Report on horse surra - Volume I
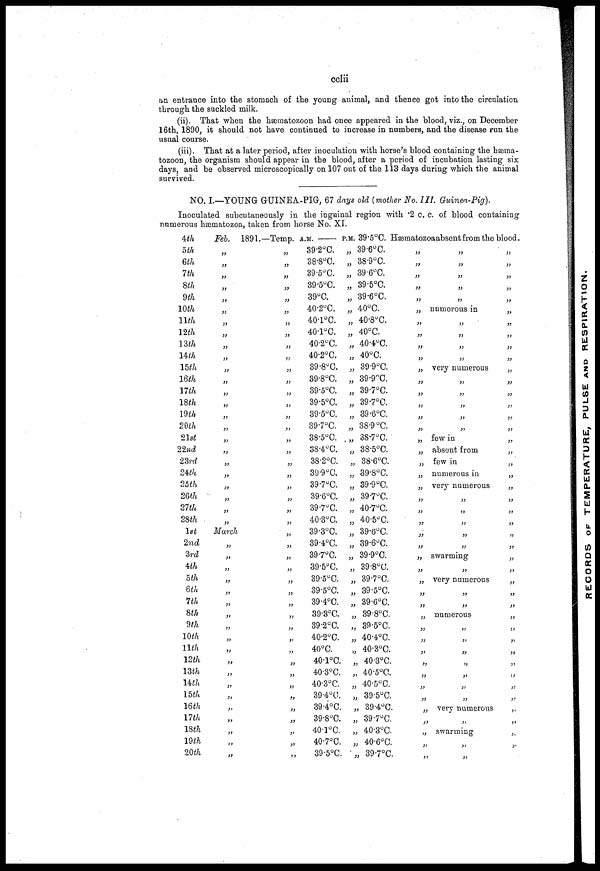
cclii
an entrance into the stomach of the young animal, and thence got into the circulation
through the suckled milk.
(ii). That when the hæmatozoon had once appeared in the blood, viz., on December
16th, 1890, it should not have continued to increase in numbers, and the disease run the
usual course.
(iii). That at a later period, after inoculation with horse's blood containing the hæma-
tozoon, the organism should appear in the blood, after a period of incubation lasting six
days, and be observed microscopically on 107 out of the 113 days during which the animal
survived.
NO. I.—YOUNG GUINEA-PIG, 67 days old (mother No. III.
Guinea-Pig).
Inoculated subcutaneously in the inguinal region with .2 c. c. of blood containing
numerous hæmatozoa, taken from horse No. XI.
4th
5th
6th
7th
8th
9th
10th
11th
12th
13th
14th
15th
16th
17th
18th
19th
20th
21st
22nd
23rd
24th
25th
26th
27th
28th
1st
2nd
3rd
4th
5th
6th
7th
8th
9th
10th
11th
12 th
13th
14th
15th
16th
17th
18th
19th
20th
Feb. 1891.—Temp. A.M. — P.M.. 39.5°C. Hæmatozoa absent from the blood.
„
„
„
„
„
„
„
„
„
„
„
„
„
„
„
„
„
„
„
„
„
„
„
„
March
„
„
„
„
„
„
„
„
„
„
„
„
„
„
„
„
„
„
„
„
„
„
„
„
„
„
„
„
„
„
„
„
„
„
„
„
„
„
„
„
„
„
„
„
„
„
„
„
„
„
„
„
„
„
„
„
„
„
„
„
„
„
„
39.2°C.
38.8°C.
39.5°C.
39.5°C.
39°C.
40.2°C.
40.1°C.
40.1°C.
40.2°C.
40.2°C.
39.8°C.
39.8°C.
39.5°C.
39.5°C.
39.5°C.
39.7°C.
38.5°C.
38.4°C.
38.2°C.
39.9°C.
39.7°C.
39.6°C.
39.7°C.
40.3°C.
39.3°C.
39.4°C.
39.7°C.
39.5°C.
39.5°C.
39.5°C.
39.4°C.
39.3°C.
39.2°C.
40.2°C.
40°C.
40.1°C.
40.3°C.
40.3°C.
39.4°C.
39.4°C.
39.8°C.
40.1°C.
40.7°C.
39.5°C.
„ 39.6°C.
„ 38.9°C.
„ 39.6°C.
„ 39.5°C.
„ 39.6°C.
„ 40°C.
„ 40.8°C.
„ 40°C.
„ 40.4°C.
„ 40°C.
„ 39.9°C.
„ 39.9°C.
„ 39.7°C.
„ 39.7°C.
„ 39.6°C.
„ 38.9 °C.
„ 38.7°C.
„ 38.5°C.
„ 38.6°C.
„ 39.8°C.
„ 39.9°C.
„ 39.7°C.
„ 40.7°C.
„ 40.5°C.
„ 39.6°C.
„ 39.6°C.
„ 39.9°C.
„ 39.8°C.
„ 39.7°C.
„ 39.5°C.
„ 39.6°C.
„ 39.8°C.
„ 39.5°C.
„ 40.4°C.
„ 40.3°C.
„ 40.3°C.
„ 40.5°C.
„ 40.5°C.
„ 39.5°C.
„ 39.4°C.
„ 39.7°C.
„ 40.3°C.
„ 40.6°C.
„ 39.7°C.
„
„
„
„
„
„
„
„
„
„
„
„
„
„
„
„
„
„
„
„
„
„
„
„
„
„
„
„
„
„
„
„
„
„
„
„
„
„
„
„
„
„
„
„
„
„
„
„
„
numerous in
„
„
„
„
very numerous
„
„
„
„
„
few in
absent from
few in
numerous in
very numerous
„
„
„
„
„
swarming
„
very numerous
„
„
numerous
„
„
„
„
„
„
„
very numerous
„
swarming
„
„
„
„
„
„
„
„
„
„
„
„
„
„
„
„
„
„
„
„
„
„
„
„
„
„
„
„
„
„
„
„
„
„
„
„
„
„
„
„
„
„
„
„
„